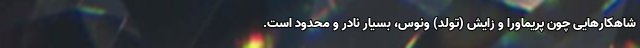
شاهکارهایی چون پریماورا و زایش (تولد) ونوس، بسیار نادر و محدود است.